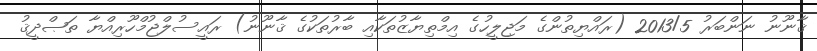
ޤާނޫނު ނަންބަރު 2013/5 (ރައްޔިތުންގެ މަޖިލީހުގެ އިމްތިޔާޒުތަކާއި ބާރުތަކުގެ ޤާނޫނު) ރައީސުލްޖުމްހޫރިއްޔާ ތަޞްދީޤު